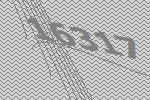
16317